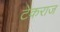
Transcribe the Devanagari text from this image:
टेकराज